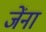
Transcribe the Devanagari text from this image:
जेंना